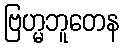
ဗြဟ္မဘူတေန